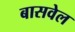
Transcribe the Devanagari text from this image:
बासवेल